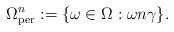
LaTeX: \begin{align*} \Omega_\textrm{per}^n := \{ \omega \in \Omega : \omega n\gamma\}.\end{align*}